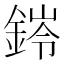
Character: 𮢊